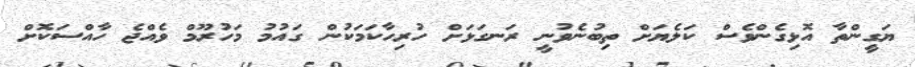
ޔަގީންތާ އޮޅިގެންވެސް ކަލެޔަށް ތިބުނެވުނީ ރަނގަޅަށް ހުރިހާކަމަކުން ގައުމު މަހުރޫމް ވެއްޖެ ހާއްސަކޮށް